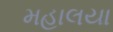
મહાલયા